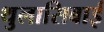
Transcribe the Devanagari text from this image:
थुलासिबाई